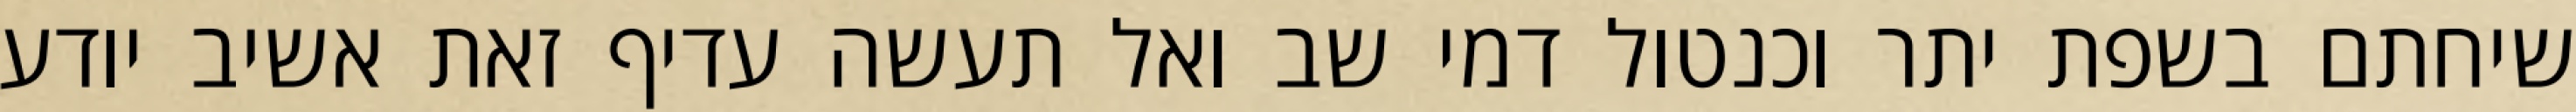
שיחתם בשפת יתר וכנטול דמי שב ואל תעשה עדיף זאת אשיב יודע